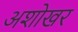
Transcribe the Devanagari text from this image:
अशोखर